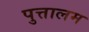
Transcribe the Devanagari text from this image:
पुत्तालम